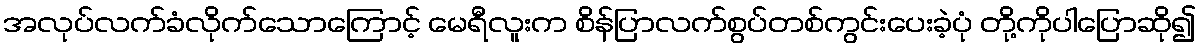
အလုပ်လက်ခံလိုက်သောကြောင့် မေရီလူးက စိန်ပြာလက်စွပ်တစ်ကွင်းပေးခဲ့ပုံ တို့ကိုပါပြောဆို၍